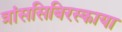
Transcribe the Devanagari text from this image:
त्रांससिबिरस्काया